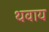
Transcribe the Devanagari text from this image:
थवाय